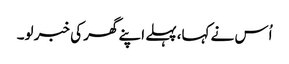
اُس نے کہا،پہلے اپنے گھر کی خبر لو۔